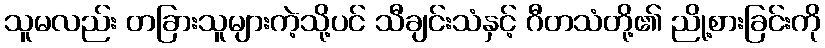
သူမလည်း တခြားသူများကဲ့သို့ပင် သီချင်းသံနှင့် ဂီတသံတို့၏ ညို့စားခြင်းကို